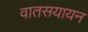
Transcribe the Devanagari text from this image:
वातसयायन